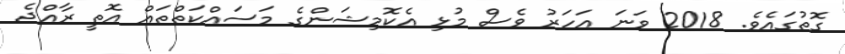
ގޮތުގައެވެ. 2018 ވަނަ އަހަރު ވެސް މުޅި އެކޮމިޝަންގެ މަސައްކަތްތައް އޮތީ ރާއްޖެ